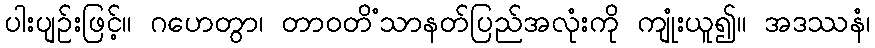
ပါးပျဉ်းဖြင့်။ ဂဟေတွာ၊ တာဝတိံသာနတ်ပြည်အလုံးကို ကျုံးယူ၍။ အဒဿနံ၊